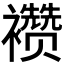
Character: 𬡷